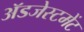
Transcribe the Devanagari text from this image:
ॲडजेस्टमेंट